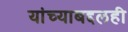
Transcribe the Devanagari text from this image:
यांच्याबद्दलही